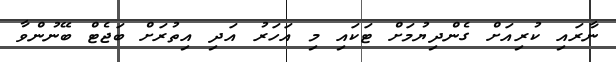
ނާރައި ކުރިއަށް ގެންދިޔުމަށް ޓަކައި މި އަހަރު އަދި އިތުރަށް ބަޖެޓް ބޭނުންވާ